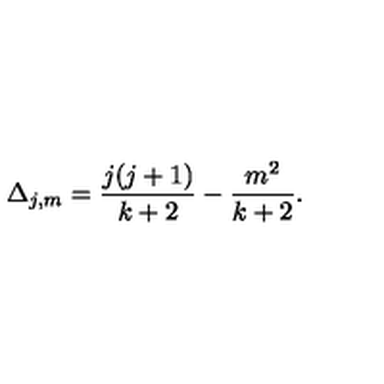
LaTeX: \Delta _ { j , m } = \frac { j ( j + 1 ) } { k + 2 } - \frac { m ^ { 2 } } { k + 2 } .